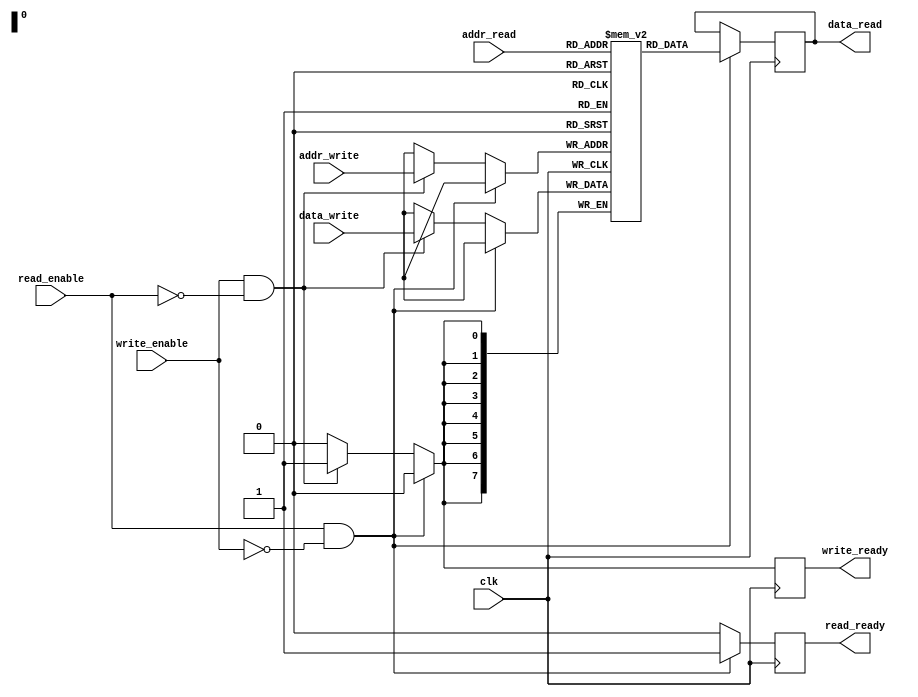
module dual_port_ram (
    input wire clk,
    input wire [7:0] addr_read,
    output reg [7:0] data_read,
    input wire read_enable,
    output wire read_ready,
    input wire [7:0] addr_write,
    input wire [7:0] data_write,
    input wire write_enable,
    output wire write_ready
);

reg [7:0] ram [0:255];

reg [1:0] arb_state;
reg [7:0] current_addr;

always @(posedge clk) begin
    if (read_enable && !write_enable) begin
        current_addr <= addr_read;
        data_read <= ram[addr_read];
        read_ready <= 1;
        write_ready <= 0;
    end 
    else if (write_enable && !read_enable) begin
        ram[addr_write] <= data_write;
        write_ready <= 1;
        read_ready <= 0;
    end 
    else begin
        write_ready <= 0;
        read_ready <= 0;
    end
end

endmodule